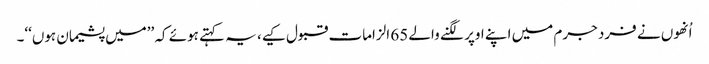
اُنھوں نے فرد جرم میں اپنے اوپر لگنے والے 65 الزامات قبول کیے، یہ کہتے ہوئے کہ ’’میں پشیمان ہوں‘‘۔